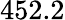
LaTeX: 452.2